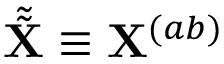
\tilde { \tilde { \mathbf { X } } } \equiv \mathbf { X } ^ { ( a b ) }